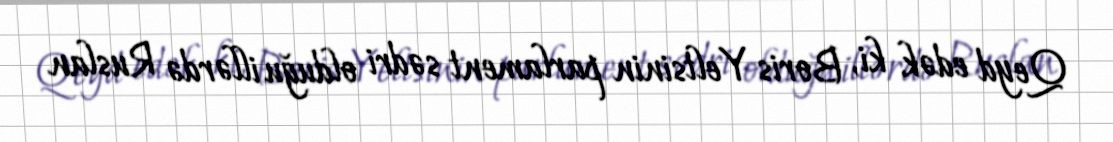
Qeyd edək ki, Boris Yeltsinin parlament sədri olduğu illərdə Ruslan